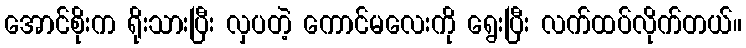
အောင်စိုးက ရိုးသားပြီး လှပတဲ့ ကောင်မလေးကို ရွေးပြီး လက်ထပ်လိုက်တယ်။